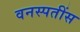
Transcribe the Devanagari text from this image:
वनस्पतींस